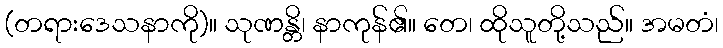
(တရားဒေသနာကို)။ သုဏန္တိ၊ နာကုန်၏။ တေ၊ ထိုသူတို့သည်။ အမတံ၊